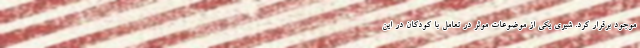
موجود برقرار کرد. شیری یکی از موضوعات موثر در تعامل با کودکان در این